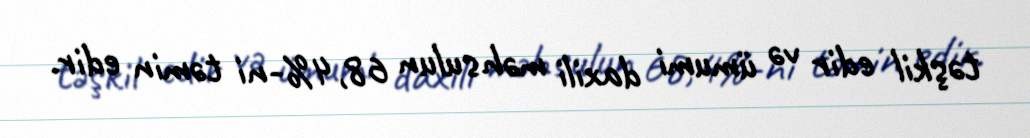
təşkil edir və ümumi daxili məhsulun 68,4%-ni təmin edir.